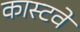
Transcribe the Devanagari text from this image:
कास्टवे